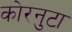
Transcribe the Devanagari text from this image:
कोरनुटा